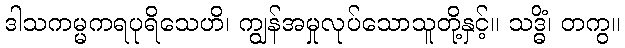
ဒါသကမ္မကရပုရိသေဟိ၊ ကျွန်အမှုလုပ်သောသူတို့နှင့်။ သဒ္ဓိံ၊ တကွ။